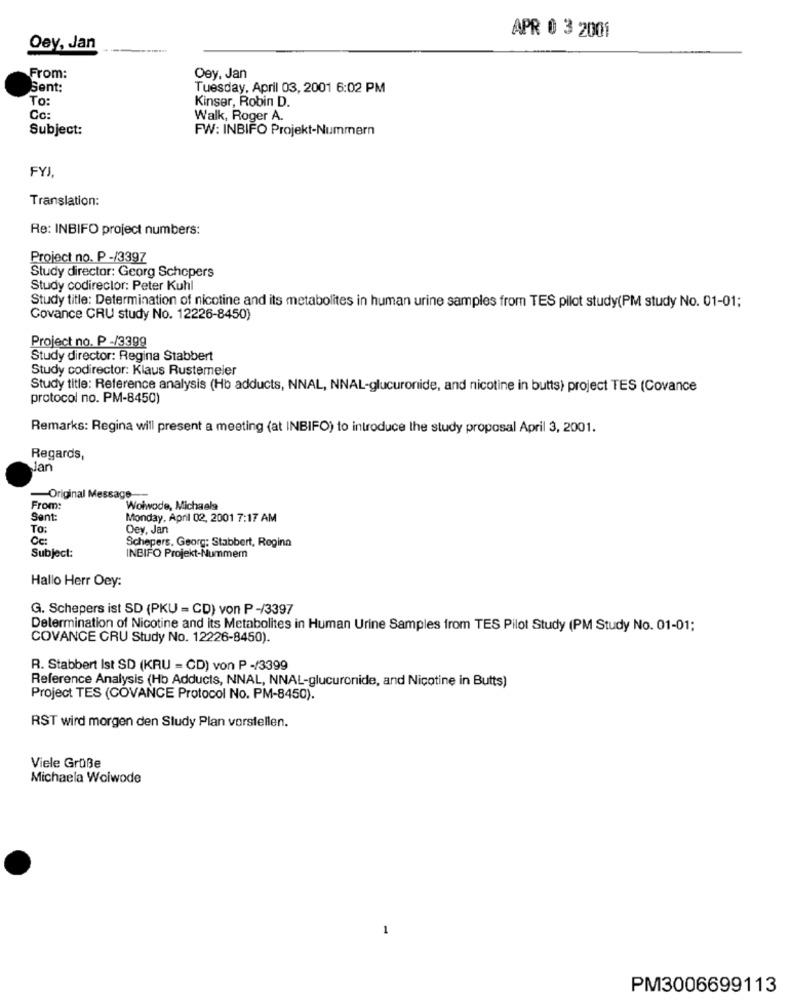
APR 0 3 2001
Oey, Jan
From:
Oey, Jan
Sent:
Tuesday, April 03, 2001 6:02 PM
To:
Kinser, Robin D.
Cc:
Walk, Roger A.
Subject:
FW: INBIFO Projekt-Nummern
FYJ.
Translation:
Re: INBIFO project numbers:
Project no. P -/3397
Study director: Georg Schepers
Study codirector: Peter Kuhl
Study title: Determination of nicotine and its metabolites in human urine samples from TES pilot study(PM study No. 01-01;
Covance CRU study No. 12226-8450)
Project no. P -/3399
Study director: Regina Stabbert
Study codirector: Klaus Rustemeler
Study title: Reference analysis (Hb adducts, NNAL, NNAL-glucuronide, and nicotine in butts) project TES (Covance
protocol no. PM-8450)
Remarks: Regina will present a meeting (at INBIFO) to introduce the study proposal April 3, 2001.
Regards,
Jan
Original Message-
From:
Woiwode, Michaela
Sant:
Monday, April 02, 2001 7:17 AM
To:
Dey, Jan
Ce:
Schepers, Georg: Stabbert, Regina
Subject:
INBIFO Projekt-Nummer
Hallo Herr Oey:
G. Schepers ist SD (PKU = CD) von P -/3397
Determination of Nicotine and its Metabolites in Human Urine Samples from TES Pilot Study (PM Study No. 01-01;
COVANCE CRU Study No. 12226-8450).
R. Stabbert Ist SD (KRU = CD) von P -/3399
Reference Analysis (Hb Adducts, NNAL, NNAL-glucuronide, and Nicotine in Butts)
Project TES (COVANCE Protocol No. PM-8450).
RST wird morgen den Study Plan vorstellen.
Viele Grüße
Michaela Woiwode
PM3006699113